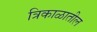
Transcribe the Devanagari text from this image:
त्रिकाळातील